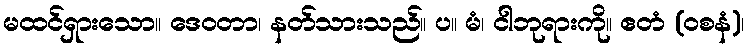
မထင်ရှားသော။ ဒေဝတာ၊ နတ်သားသည်။ ပ။ မံ၊ ငါဘုရားကို။ ဧတံ (ဝစနံ)၊